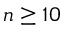
n \ge 1 0